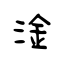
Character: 淦